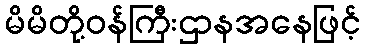
မိမိတို့ဝန်ကြီးဌာနအနေဖြင့်